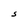
Character: S